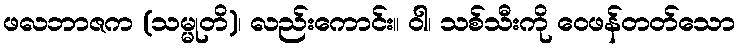
ဖလဘာဇက (သမ္မုတိ)၊ လည်းကောင်း။ ဝါ၊ သစ်သီးကို ဝေဖန်တတ်သော